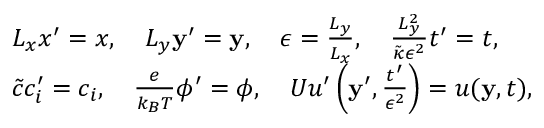
\begin{array} { r l } & { L _ { x } x ^ { \prime } = x , \quad L _ { y } \mathbf { y } ^ { \prime } = \mathbf { y } , \quad \epsilon = \frac { L _ { y } } { L _ { x } } , \quad \frac { L _ { y } ^ { 2 } } { \tilde { \kappa } \epsilon ^ { 2 } } t ^ { \prime } = t , } \\ & { \tilde { c } c _ { i } ^ { \prime } = c _ { i } , \quad \frac { e } { k _ { B } T } \phi ^ { \prime } = \phi , \quad U u ^ { \prime } \left( \mathbf { y } ^ { \prime } , \frac { t ^ { \prime } } { \epsilon ^ { 2 } } \right) = u ( \mathbf { y } , t ) , } \end{array}